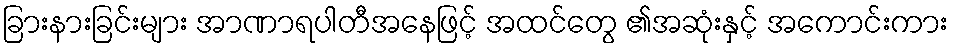
ခြားနားခြင်းများ အာဏာရပါတီအနေဖြင့် အထင်တွေ ၏အဆုံးနှင့် အကောင်းကား